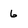
Character: 6